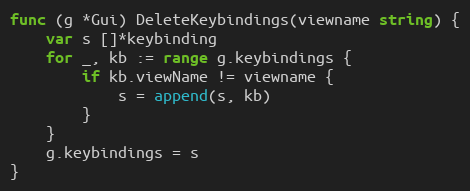
Language: Go
func (g *Gui) DeleteKeybindings(viewname string) {
	var s []*keybinding
	for _, kb := range g.keybindings {
		if kb.viewName != viewname {
			s = append(s, kb)
		}
	}
	g.keybindings = s
}